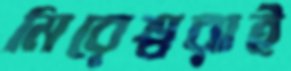
মিরেশ্বরাই